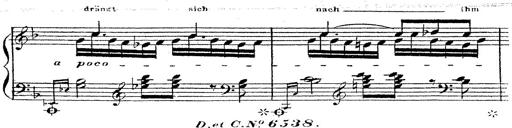
Title: 12 Lieder von Franz Schubert
Composer: Franz Liszt